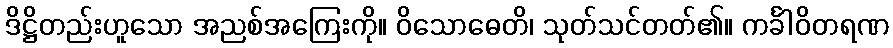
ဒိဋ္ဌိတည်းဟူသော အညစ်အကြေးကို။ ဝိသောဓေတိ၊ သုတ်သင်တတ်၏။ ကင်္ခါဝိတရဏ